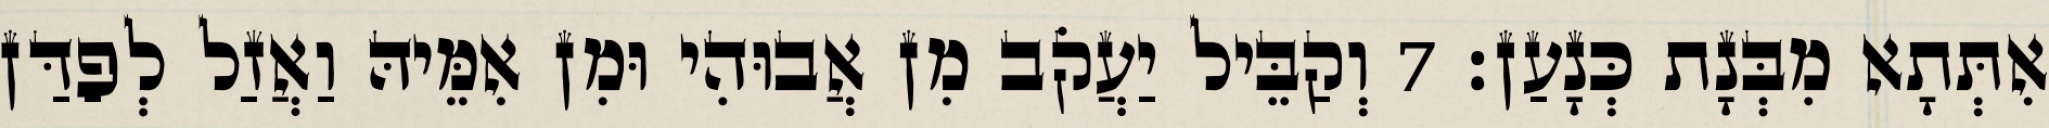
אִתְּתָא מִבְּנָת כְּנָעַן׃ 7 וְקַבֵּיל יַעֲקֹב מִן אֲבוּהִי וּמִן אִמֵּיהּ וַאֲזַל לְפַדַּן